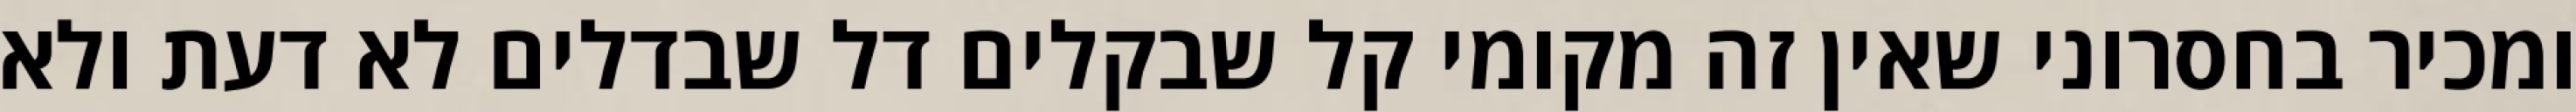
ומכיר בחסרוני שאין זה מקומי קל שבקלים דל שבדלים לא דעת ולא